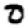
Digit: 0